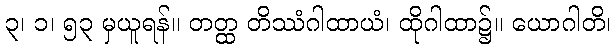
၃၊ ၁၊ ၅၃ မှယူရန်။ တတ္ထ တိဿံဂါထာယံ၊ ထိုဂါထာ၌။ ယောဂါတိ၊